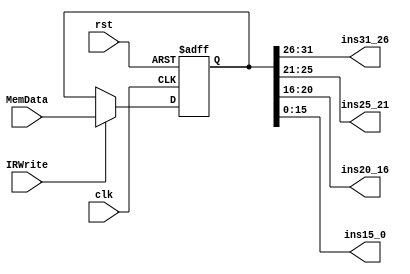
`timescale 1ns / 1ps
//////////////////////////////////////////////////////////////////////////////////
// Company: 
// Engineer: 
// 
// Design Name: 
// Module Name: IR_Reg
// Project Name: 
// Target Devices: 
// Tool Versions: 
// Description: 
// 
// Dependencies: 
// 
// Revision:
// Revision 0.01 - File Created
// Additional Comments:
// 
//////////////////////////////////////////////////////////////////////////////////
module Instruction_Reg(  
    input clk,rst,
    input IRWrite,  //signal
    input [31:0]MemData,
    output [5:0]ins31_26, // opcode
    output [4:0]ins25_21, //
    output [4:0]ins20_16,
    output [15:0]ins15_0
    );
    reg [31:0]ins;  //instruction;
    assign ins31_26=ins[31:26];
    assign ins25_21=ins[25:21];
    assign ins20_16=ins[20:16];
    assign ins15_0=ins[15:0];
    
    always @(posedge clk, posedge rst) begin
        if(rst) ins<=0;
        else if(IRWrite) ins<=MemData;
    end
    
endmodule